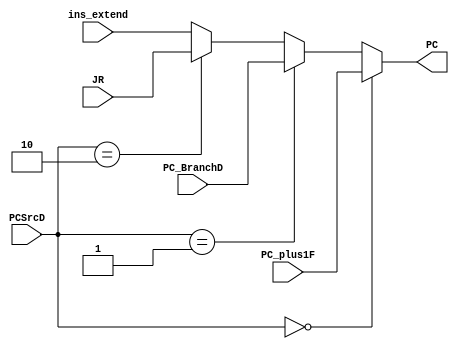
`timescale 1ns / 1ps
//////////////////////////////////////////////////////////////////////////////////
// Company: 
// Engineer: 
// 
// Design Name: 
// Module Name:    PCSrc_Mulselect 
// Project Name: 
// Target Devices: 
// Tool versions: 
// Description: 
//
// Dependencies: 
//
// Revision: 
// Revision 0.01 - File Created
// Additional Comments: 
//
//////////////////////////////////////////////////////////////////////////////////
module PCSrcD_Mulselect(
   input [1:0]PCSrcD,
   input [6:0]PC_plus1F,
	input [6:0]PC_BranchD,
	input [6:0]ins_extend,
	input [6:0]JR,
	output [6:0]PC
    );

assign PC = (PCSrcD==2'd0)?PC_plus1F:(PCSrcD==2'd1)?PC_BranchD:(PCSrcD==2'd2)?JR:ins_extend;
endmodule